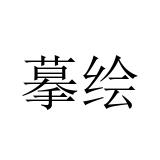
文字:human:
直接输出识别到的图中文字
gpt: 摹绘